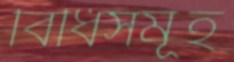
বিধিসমূহ